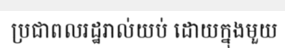
ប្រជាពលរដ្ឋរាល់យប់ ដោយក្នុងមួយ